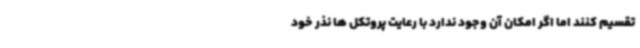
تقسیم کنند اما اگر امکان آن وجود ندارد با رعایت پروتکل ها نذر خود